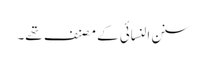
سنن النسائی کے مصنف تھے۔